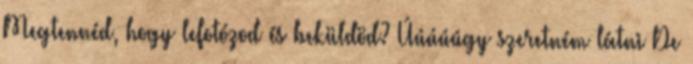
Megtennéd, hogy lefotózod és beküldöd? Úúúúúgy szeretném látni De